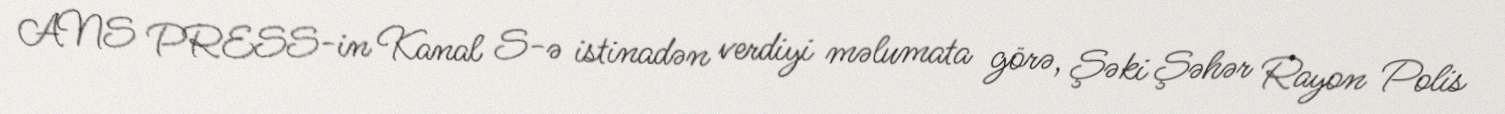
ANS PRESS-in Kanal S-ə istinadən verdiyi məlumata görə, Şəki Şəhər Rayon Polis